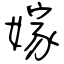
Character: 嫁